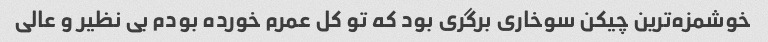
خوشمزه‌ترین چیکن سوخاری برگری بود که تو کل عمرم خورده بودم بی نظیر و عالی